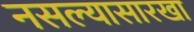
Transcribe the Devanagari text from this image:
नसल्यासारखा